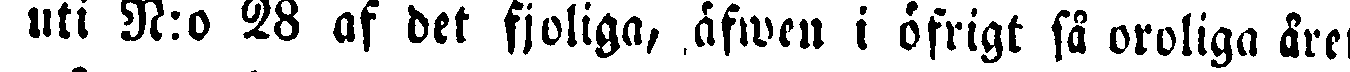
uti N:o 28 af det fjoliga, äfwen i öfrigt få oroliga året